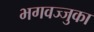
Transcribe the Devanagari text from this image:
भगवज्जुका